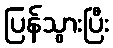
ပြန်သွားပြီး